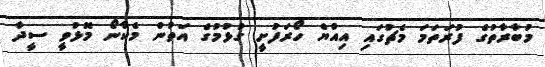
މުބާރާތުގެ ފުރަތަމަ މެޗުގައި އިއްޔެ ހޯރަފުށީ ގުޅުމުގެ އަތުން މެކާނޯ މޮޅުވީ ސީދާ